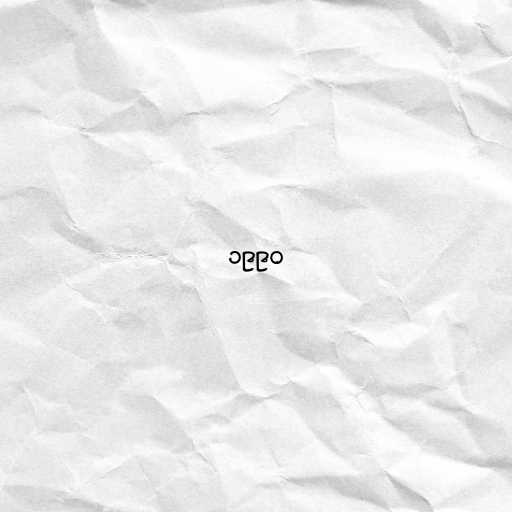
၁၉၉၀